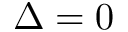
\Delta = 0